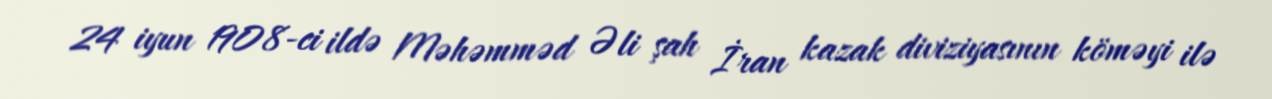
24 iyun 1908-ci ildə Məhəmməd Əli şah İran kazak diviziyasının köməyi ilə